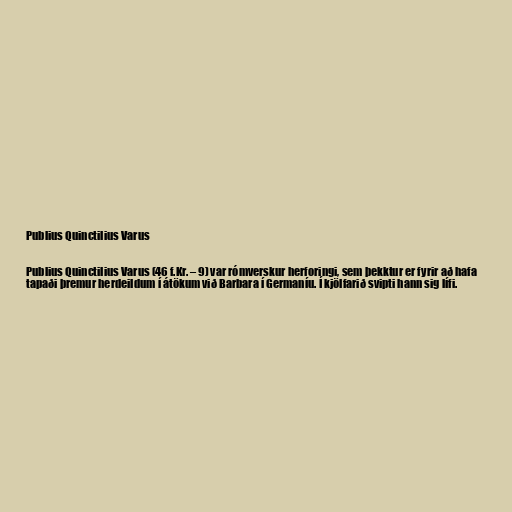
Publius Quinctilius Varus

Publius Quinctilius Varus (46 f.Kr. – 9) var rómverskur herforingi, sem þekktur er fyrir að hafa
tapaði þremur herdeildum í átökum við Barbara í Germaníu. Í kjölfarið svipti hann sig lífi.